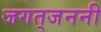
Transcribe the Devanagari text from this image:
जगत्‌जननी